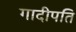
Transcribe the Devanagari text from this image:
गादीपति